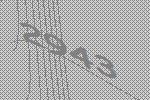
2943